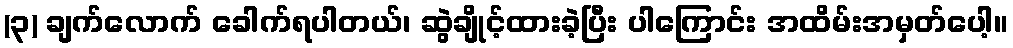
(၃) ချက်လောက် ခေါက်ရပါတယ်၊ ဆွဲချိုင့်ထားခဲ့ပြီး ပါကြောင်း အထိမ်းအမှတ်ပေါ့။